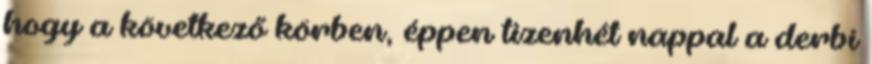
hogy a következő körben, éppen tizenhét nappal a derbi